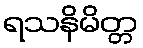
ရသနိမိတ္တ